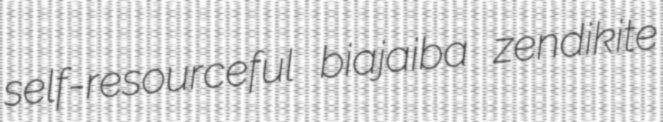
self-resourceful biajaiba zendikite